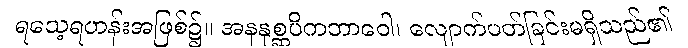
ရသေ့ရဟန်းအဖြစ်၌။ အနနုစ္ဆပိကဘာဝေါ၊ လျောက်ပတ်ခြင်းမရှိသည်၏